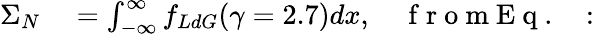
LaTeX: \begin{array}{rl}{\Sigma_{N}}&{{}=\int_{-\infty}^{\infty}f_{LdG}(\gamma=2.7)dx,\quad\mathrm{~f~r~o~m~E~q~.~~~:~}}\end{array}